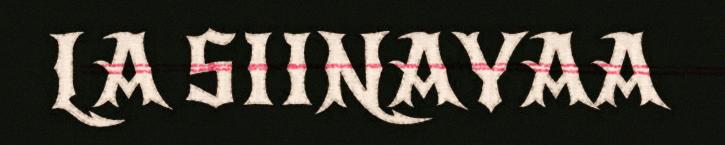
LA SIINAYAA